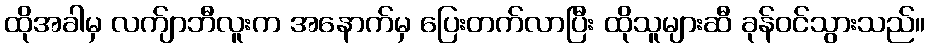
ထိုအခါမှ လက်ျာဘီလူးက အနောက်မှ ပြေးတက်လာပြီး ထိုသူများဆီ ခုန်ဝင်သွားသည်။